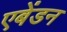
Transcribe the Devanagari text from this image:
एबेंडन